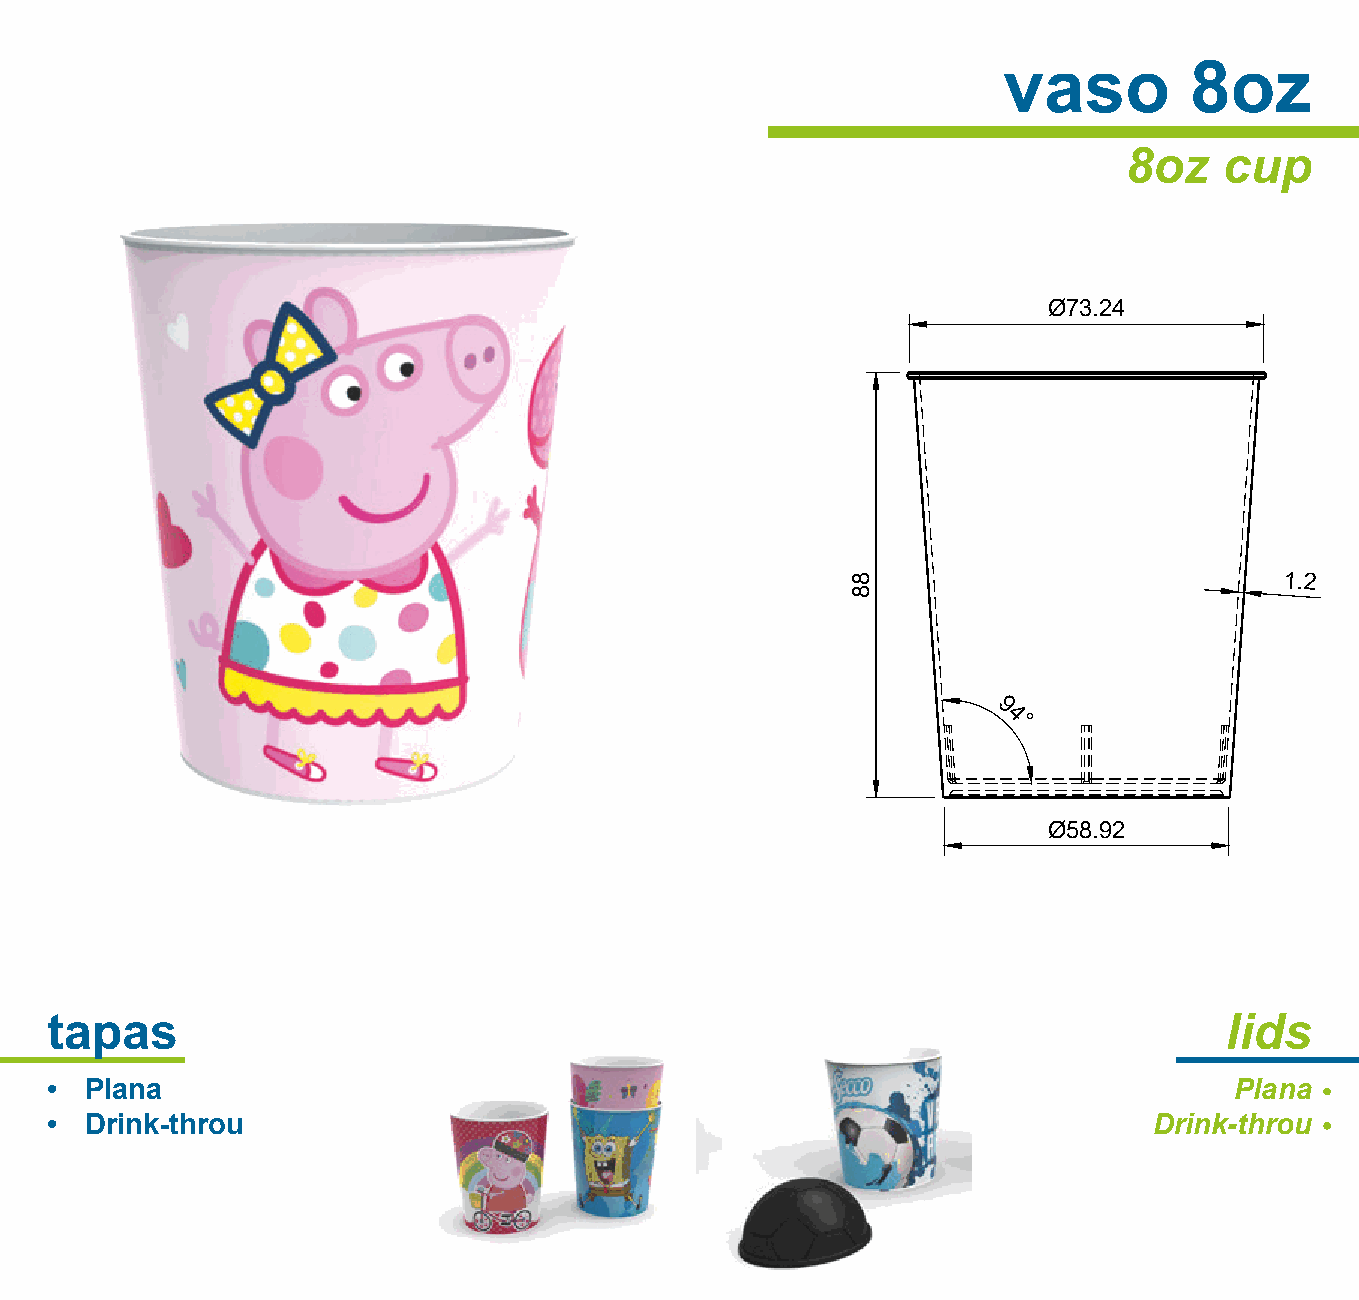
vaso         8oz
 8oz    cup
 Ø73.24
 1.2
 9
 4
 °
 Ø58.92
 tapas                                                                         lids
 •  Plana                                                                       Plana
 •  Drink-throu                                                           Drink-throu
 88